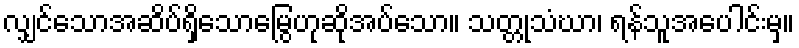
လျှင်သောအဆိပ်ရှိသောမြွေဟုဆိုအပ်သော။ သတ္တုသံဃာ၊ ရန်သူအပေါင်းမှ။